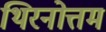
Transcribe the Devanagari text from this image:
थिरनोत्तम